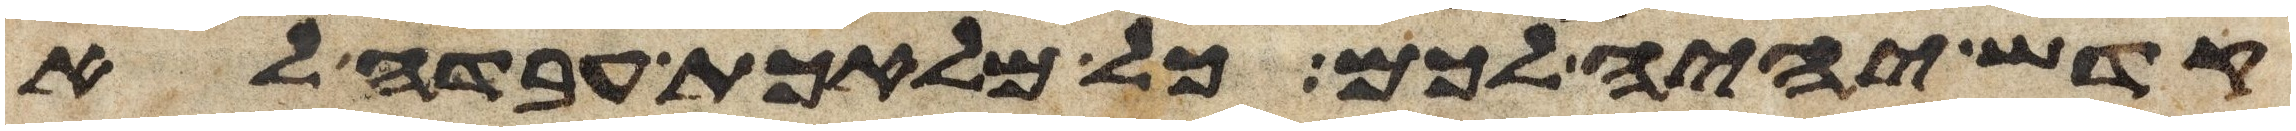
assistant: קדש יהיה לכם כל מלאכת עבדה לא